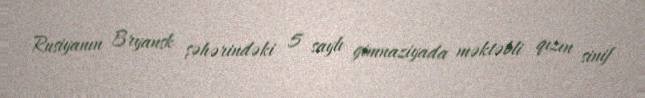
Rusiyanın Bryansk şəhərindəki 5 saylı gimnaziyada məktəbli qızın sinif